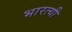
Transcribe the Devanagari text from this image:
भारत्यी